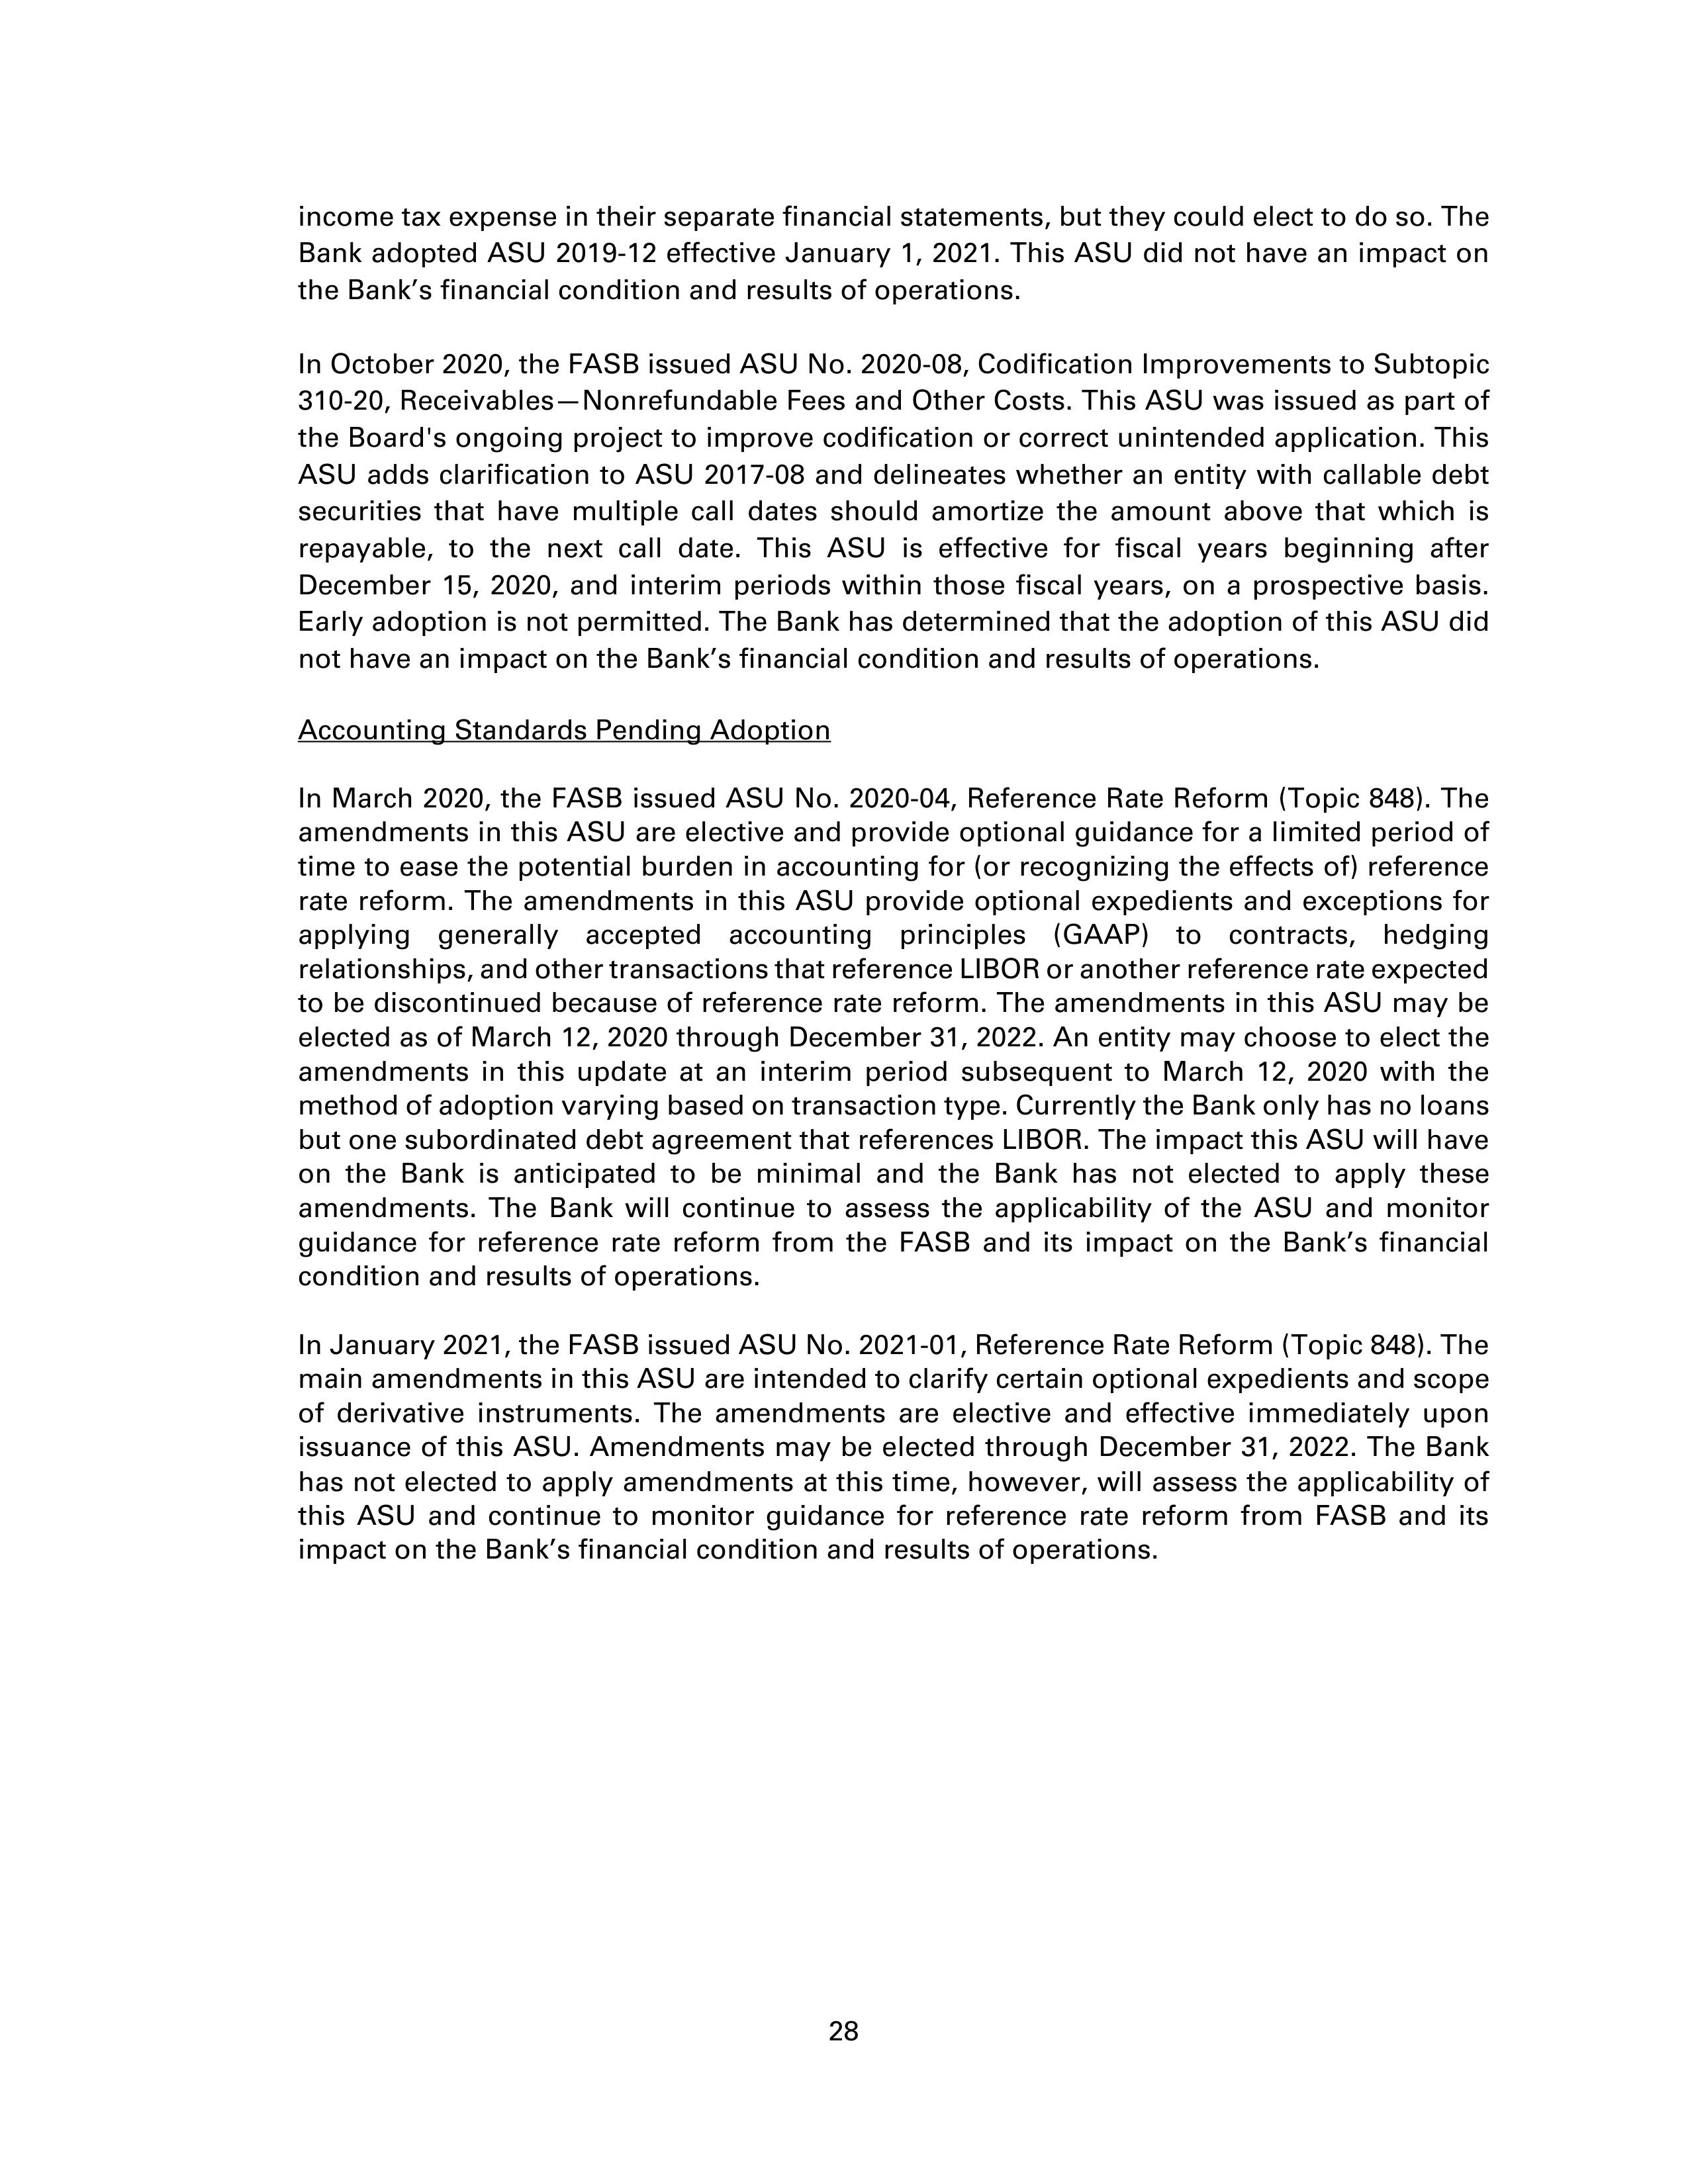
income tax expense in their separate financial statements, but they could elect to do so. The
Bank adopted ASU 2019-12 effective January 1, 2021. This ASU did not have an impact on
the Bank's financial condition and results of operations.

In October 2020, the FASB issued ASU No. 2020-08, Codification Improvements to Subtopic
310-20, Receivables—Nonrefundable Fees and Other Costs. This ASU was issued as part of
the Board's ongoing project to improve codification or correct unintended application. This
ASU adds clarification to ASU 2017-08 and delineates whether an entity with callable debt
securities that have multiple call dates should amortize the amount above that which is
repayable, to the next call date. This ASU is effective for fiscal years beginning after
December 15, 2020, and interim periods within those fiscal years, on a prospective basis.
Early adoption is not permitted. The Bank has determined that the adoption of this ASU did
not have an impact on the Bank's financial condition and results of operations.

Accounting Standards Pending Adoption

In March 2020, the FASB issued ASU No. 2020-04, Reference Rate Reform (Topic 848). The
amendments in this ASU are elective and provide optional guidance for a limited period of
time to ease the potential burden in accounting for (or recognizing the effects of) reference
rate reform. The amendments in this ASU provide optional expedients and exceptions for
applying generally accepted accounting principles (GAAP) to contracts, hedging
relationships, and other transactions that reference LIBOR or another reference rate expected
to be discontinued because of reference rate reform. The amendments in this ASU may be
elected as of March 12, 2020 through December 31, 2022. An entity may choose to elect the
amendments in this update at an interim period subsequent to March 12, 2020 with the
method of adoption varying based on transaction type. Currently the Bank only has no loans
but one subordinated debt agreement that references LIBOR. The impact this ASU will have
on the Bank is anticipated to be minimal and the Bank has not elected to apply these
amendments. The Bank will continue to assess the applicability of the ASU and monitor
guidance for reference rate reform from the FASB and its impact on the Bank's financial
condition and results of operations.

In January 2021, the FASB issued ASU No. 2021-01, Reference Rate Reform (Topic 848). The
main amendments in this ASU are intended to clarify certain optional expedients and scope
of derivative instruments. The amendments are elective and effective immediately upon
issuance of this ASU. Amendments may be elected through December 31, 2022. The Bank
has not elected to apply amendments at this time, however, will assess the applicability of
this ASU and continue to monitor guidance for reference rate reform from FASB and its
impact on the Bank's financial condition and results of operations.

28